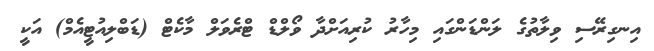
އިނގިރޭސި ވިލާތުގެ ލަންޑަންގައި މިހާރު ކުރިއަށްދާ ވޯލްޑް ޓްރެވަލް މާކެޓް (ޑަބްލިއުޓީއެމް) އަކީ